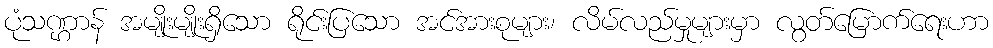
ပုံသဏ္ဌာန် အမျိုးမျိုးရှိသော ရိုင်းပြသော အင်အားစုများ၊ လိမ်လည်မှုများမှာ လွတ်မြောက်ရေးဟာ